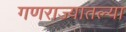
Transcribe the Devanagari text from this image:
गणराज्यातल्या